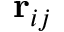
\mathbf { r } _ { i j }